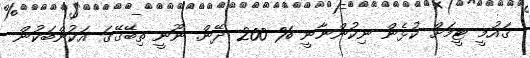
ޤައުމީ ޓީމަށް ކުޅެން ނިކުންނާނީ % 200 ދޭން. ނޫނީ ތިބޭގޭގަ އަކުންބަކުން